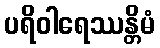
ပရိဝါရေဿန္တိမံ